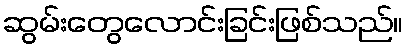
ဆွမ်းတွေလောင်းခြင်းဖြစ်သည်။